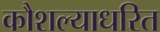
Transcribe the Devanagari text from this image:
कौशल्याधरित